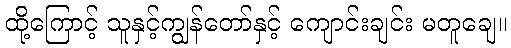
ထို့ကြောင့် သူနှင့်ကျွန်တော်နှင့် ကျောင်းချင်း မတူချေ။